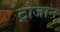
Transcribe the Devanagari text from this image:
ट्रोजान